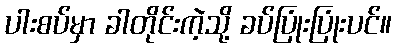
ပါးစပ်မှာ ခါတိုင်းကဲ့သို့ ခပ်ပြုံးပြုံးပင်။